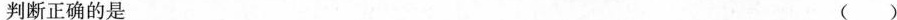
判断正确的是 ( )